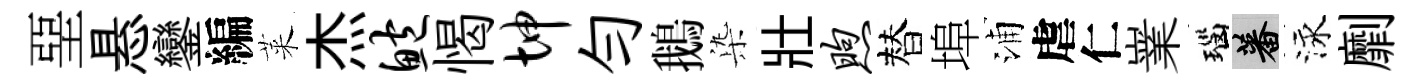
堊悬鑾編萊杰鲍愒坤勻鵝𣑱壯煦替埠浦虐仁嶪瑙蕃泳劘